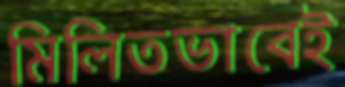
মিলিতভাবেই